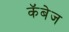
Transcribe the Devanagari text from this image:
कॅबेज